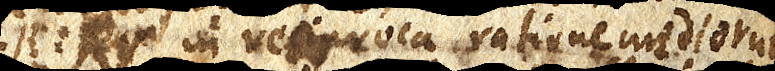
in reciproca ratione mediorum